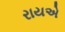
રાયએ